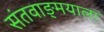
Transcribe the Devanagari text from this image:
संतवाङ्मयाला